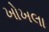
ખોખલા